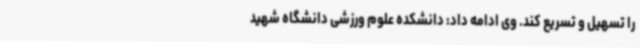
را تسهیل و تسریع کند. وی ادامه داد: دانشکده علوم ورزشی دانشگاه شهید